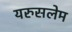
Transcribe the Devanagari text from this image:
यरुसलेम